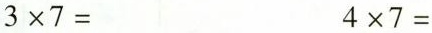
$$3\times7=$$ $$4\times7=$$